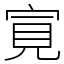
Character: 㝟